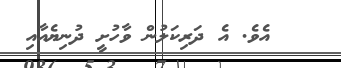
އެވެ. އެ ދަރިކަލުން ވާހުށީ ދުނިޔެއާއި